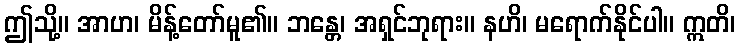
ဤသို့။ အာဟ၊ မိန့်တော်မူ၏။ ဘန္တေ၊ အရှင်ဘုရား။ နဟိ၊ မရောက်နိုင်ပါ။ ဣတိ၊